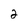
Character: 2